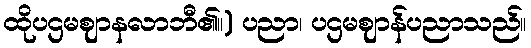
ထိုပဌမဈာနလာဘီ၏။) ပညာ၊ ပဌမဈာန်ပညာသည်။